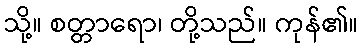
သို့။ စတ္တာရော၊ တို့သည်။ ကုန်၏။